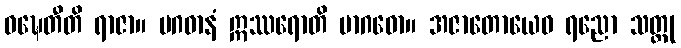
ဝဍ္ဎေတီတိ ရာဇာ။ မဂဓာနံ ဣဿရောတိ မာဂဓော။ အဇာတောယေဝ ရညော သတ္တု